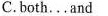
C.both...and